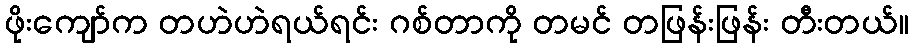
ဖိုးကျော်က တဟဲဟဲရယ်ရင်း ဂစ်တာကို တမင် တဖြန်းဖြန်း တီးတယ်။